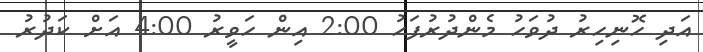
އަދި ހޮނިހިރު ދުވަހު މެންދުރުފަހު 2:00 އިން ހަވީރު 4:00 އަށް ކަދުރު